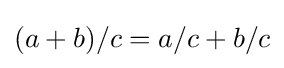
(a+b)/c=a/c+b/c